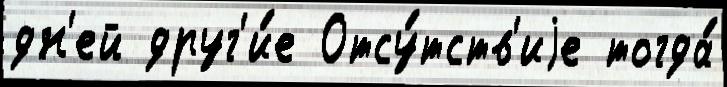
дн'ей друг'и́е Отсу́тств'иjе тогда́